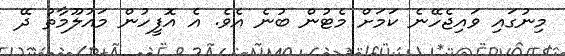
މިނުގައި ވައިޖެހޭނެ ކަމަށް މެޓުން ބުނެ އެވެ. އެ އޮފީހުން މައުލޫމާތު ދޭ